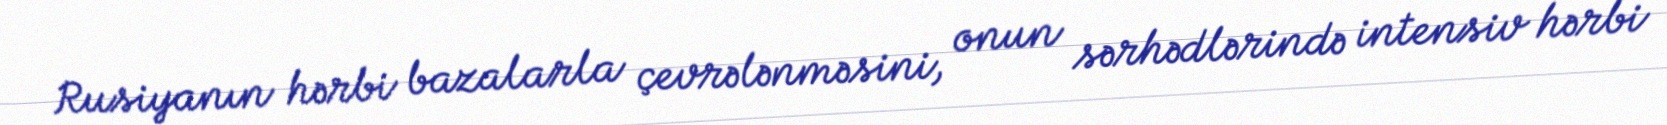
Rusiyanın hərbi bazalarla çevrələnməsini, onun sərhədlərində intensiv hərbi